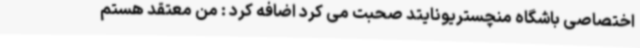
اختصاصی باشگاه منچستریونایتد صحبت می کرد اضافه کرد : من معتقد هستم